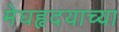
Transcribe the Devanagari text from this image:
मेघहृदयाच्या